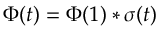
\Phi ( t ) = \Phi ( 1 ) * \sigma ( t )